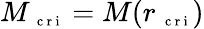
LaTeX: M_{\mathrm{~\scriptsize~c~r~i~}}=M(r_{\mathrm{~\scriptsize~c~r~i~}})